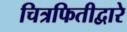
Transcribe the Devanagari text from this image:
चित्रफितीद्वारे